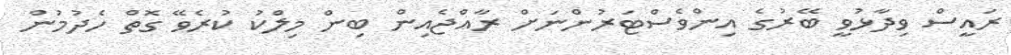
ރައީސް ވިދާޅުވީ ބޭރުގެ އިންވެސްޓަރުންނަށް ރާއްޖެއިން ބިން މިލްކު ކުރެވޭ ގޮތް ހެދުމުން